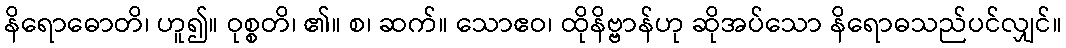
နိရောဓောတိ၊ ဟူ၍။ ဝုစ္စတိ၊ ၏။ စ၊ ဆက်။ သောဧဝ၊ ထိုနိဗ္ဗာန်ဟု ဆိုအပ်သော နိရောဓသည်ပင်လျှင်။